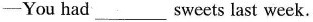
-You had___sweets last week.